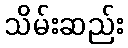
သိမ်းဆည်း